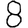
Digit: 8